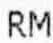
RM